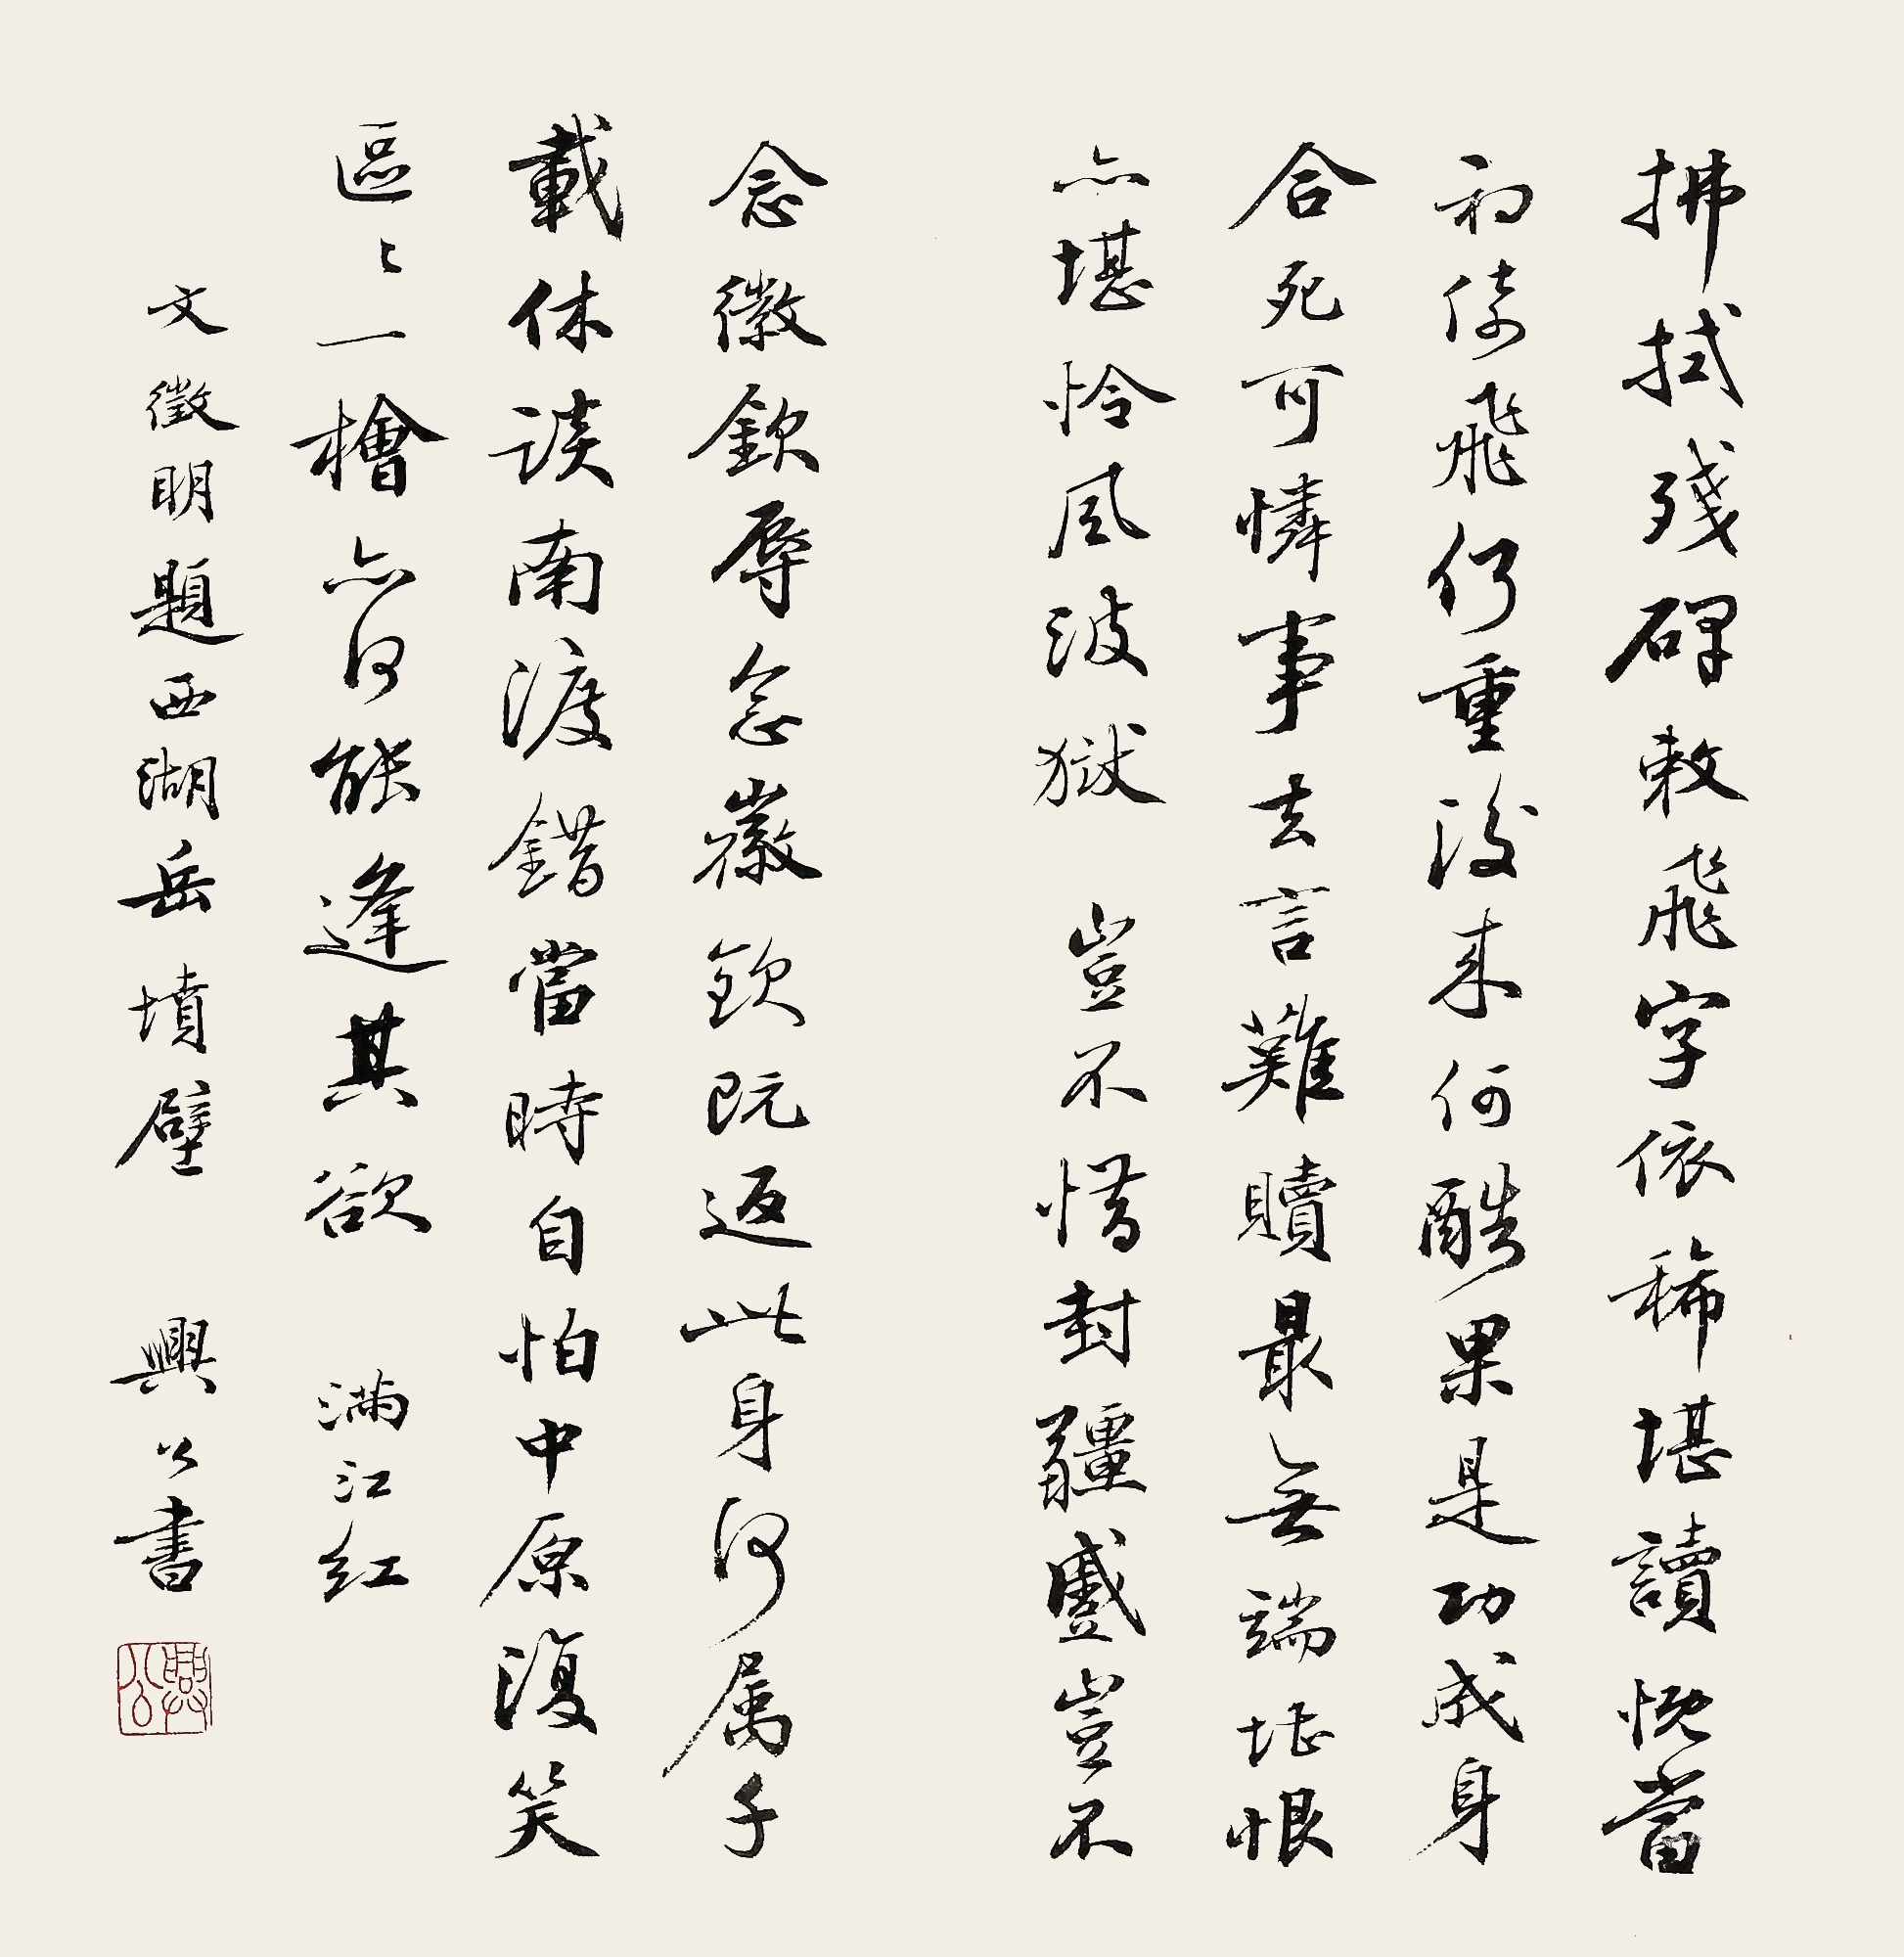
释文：拂拭残碑，敕飞字，依稀堪读。慨当初，倚飞何重，后来何酷。果是功成身合死，可怜事去言难赎。最无端，堪恨更堪悲，风波狱。岂不念，封疆蹙；岂不念，徽钦辱，念徽钦既返，此身何属。千载休谈南渡错，当时自怕中原复。笑区区一桧亦何能，逢其欲。满江红。文征明题西湖岳坟壁，兴公书。